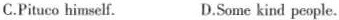
C.Pituco himself. D.Some kind people.